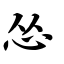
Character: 怂